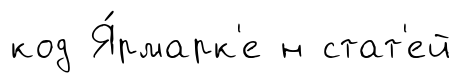
код Я́рмарк'е н стат'ей